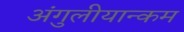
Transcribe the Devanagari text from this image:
अंगुलीयान्कम